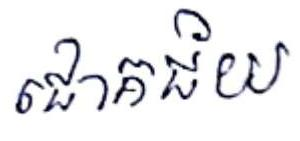
ជោគជ័យ